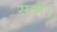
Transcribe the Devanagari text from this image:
सती।